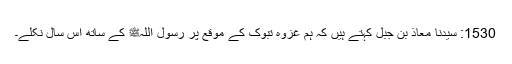
1530: سیدنا معاذ بن جبلؓ کہتے ہیں کہ ہم غزوہ تبوک کے موقع پر رسول اللہﷺ کے ساتھ اس سال نکلے۔